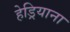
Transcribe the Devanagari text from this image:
हेड्रियाना